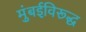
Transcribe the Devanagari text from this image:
मुंबईविरूद्ध